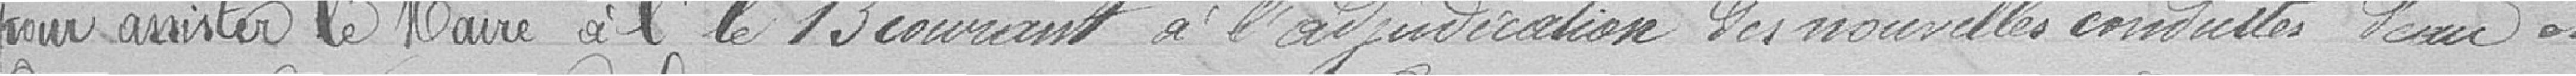
pour assister le Maire à l'                      le 13 courant à l'adjudication des nouvelles conduites d'eau et